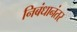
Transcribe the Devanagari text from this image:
निबंधानंतर